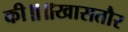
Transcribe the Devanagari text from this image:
की॥॥खासतौर